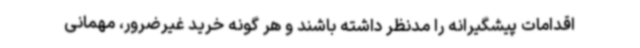
اقدامات پیشگیرانه را مدنظر داشته باشند و هر گونه خرید غیرضرور، مهمانی